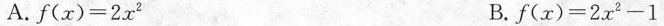
A. $$f ( x ) = 2 x ^ { 2 }$$ B.$$f ( x ) = 2 x ^ { 2 } - 1$$